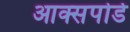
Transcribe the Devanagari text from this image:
आक्सपोर्ड